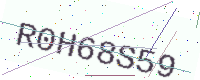
Text: R0H68S59